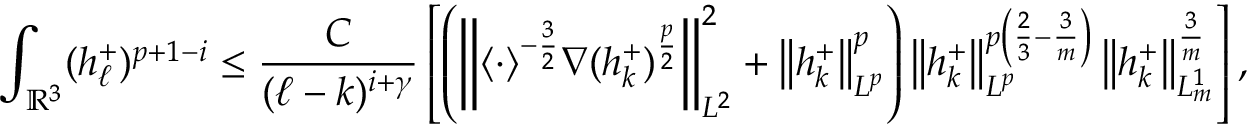
\int _ { \ensuremath { { \mathbb R } } ^ { 3 } } ( h _ { \ell } ^ { + } ) ^ { p + 1 - i } \le \frac { C } { ( \ell - k ) ^ { i + \gamma } } \left[ \left( \left\| \langle \cdot \rangle ^ { - \frac { 3 } { 2 } } \nabla ( h _ { k } ^ { + } ) ^ { \frac { p } { 2 } } \right\| _ { L ^ { 2 } } ^ { 2 } + \left\| h _ { k } ^ { + } \right\| _ { L ^ { p } } ^ { p } \right) \left\| h _ { k } ^ { + } \right\| _ { L ^ { p } } ^ { p \left( \frac { 2 } { 3 } - \frac { 3 } { m } \right) } \left\| h _ { k } ^ { + } \right\| _ { L _ { m } ^ { 1 } } ^ { { { \frac { 3 } { m } } } } \right] ,